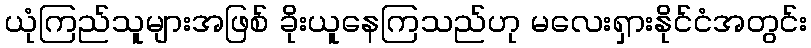
ယုံကြည်သူများအဖြစ် ခိုးယူနေကြသည်ဟု မလေးရှားနိုင်ငံအတွင်း